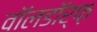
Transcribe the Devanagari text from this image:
वॉलडॉर्फ़